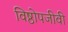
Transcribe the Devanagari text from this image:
विष्ठोपजीवी